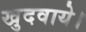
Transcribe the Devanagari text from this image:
खुदवाये।